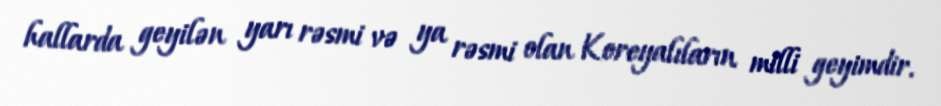
hallarda geyilən yarı rəsmi və ya rəsmi olan Koreyalıların milli geyimdir.